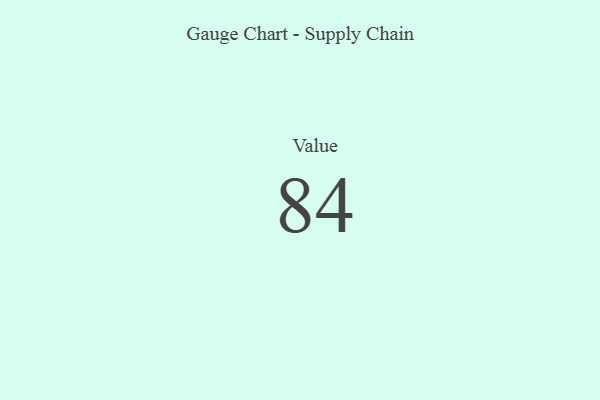
{"axis": {"x": "Metric", "y": "Value"}, "legend": [""], "data": [{"x": "Value", "y": 84, "type": ""}]}